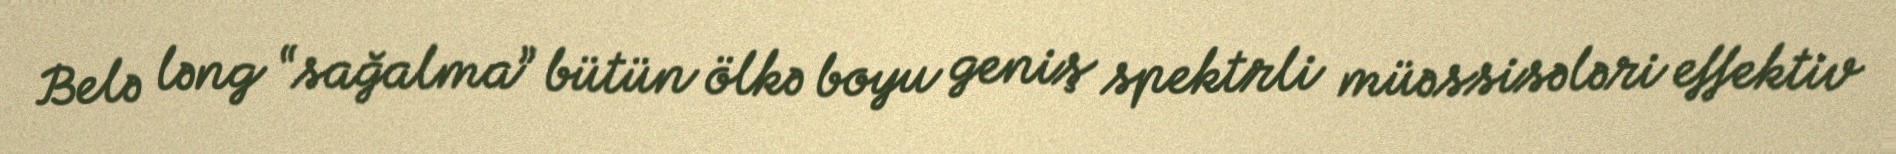
Belə ləng “sağalma” bütün ölkə boyu geniş spektrli müəssisələri effektiv